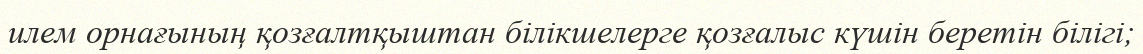
илем орнағының қозғалтқыштан білікшелерге қозғалыс күшін беретін білігі;